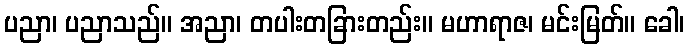
ပညာ၊ ပညာသည်။ အညာ၊ တပါးတခြားတည်း။ မဟာရာဇ၊ မင်းမြတ်။ ခေါ၊